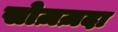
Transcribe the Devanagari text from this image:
सोज़ज़दा